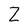
Character: Z